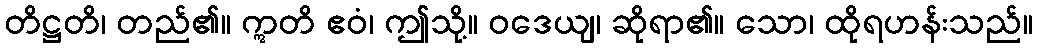
တိဋ္ဌတိ၊ တည်၏။ ဣတိ ဧဝံ၊ ဤသို့။ ဝဒေယျ၊ ဆိုရာ၏။ သော၊ ထိုရဟန်းသည်။